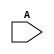
`timescale 1ns / 1ps
//////////////////////////////////////////////////////////////////////////////////
// Company: 
// Engineer: 
// 
// Design Name: 
// Module Name: test
// Project Name: 
// Target Devices: 
// Tool Versions: 
// Description: 
// 
// Dependencies: 
// 
// Revision:
// Revision 0.01 - File Created
// Additional Comments:
// 
//////////////////////////////////////////////////////////////////////////////////


module test(
    input [3:0] A
    );
endmodule